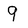
Character: 9